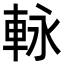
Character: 𮝊